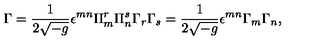
\Gamma = \frac { 1 } { 2 \sqrt { - g } } \epsilon ^ { m n } \Pi _ { m } ^ { r } \Pi _ { n } ^ { s } \Gamma _ { r } \Gamma _ { s } = \frac { 1 } { 2 \sqrt { - g } } \epsilon ^ { m n } \Gamma _ { m } \Gamma _ { n } ,